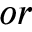
o r